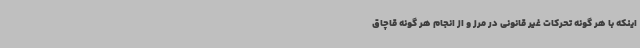
اینکه با هر گونه تحرکات غیر قانونی در مرز و از انجام هر گونه قاچاق